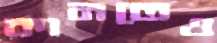
কানতেও